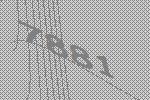
7881